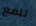
تلمع